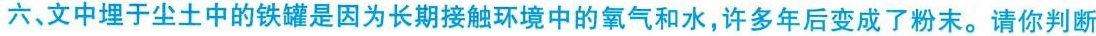
六、文中埋于尘土中的铁罐是因为长期接触环境中的氧气和水，许多年后变成了粉末。请你判断